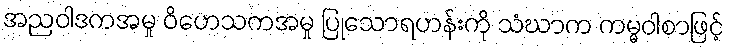
အညဝါဒကအမှု ဝိဟေသကအမှု ပြုသောရဟန်းကို သံဃာက ကမ္မဝါစာဖြင့်